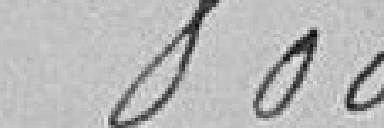
800